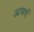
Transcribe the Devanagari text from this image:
आचरों